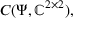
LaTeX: C ( \Psi , \mathbb { C } ^ { 2 \times 2 } ) ,